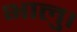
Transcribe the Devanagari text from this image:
भालु।